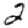
Digit: 2